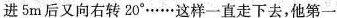
进5m后又向右转20^{\circ}……这样一直走下去，他第一